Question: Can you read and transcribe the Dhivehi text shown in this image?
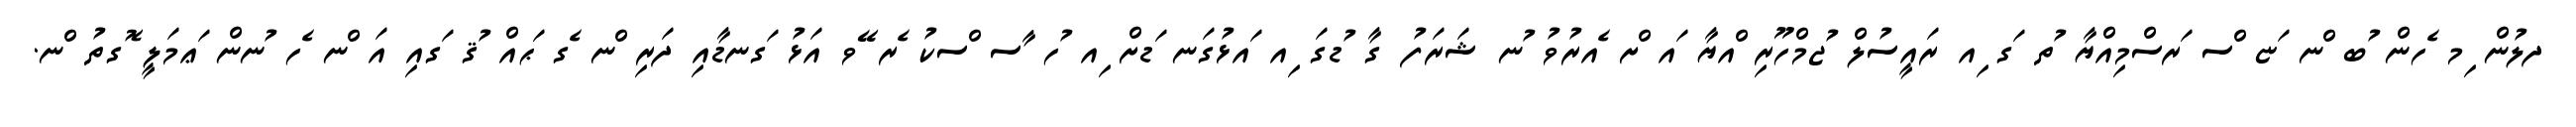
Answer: ދލުން ިމ ެހން ުބ ްނ ަޏ ްސ ަރސްމިއްޔާ ުތ ަގ ިއ ރައީސުލް ުޖމްހޫރި ްއޔާ ައ ްށ ެއރުވު ުނ ޝަރަފު ގާ ުޑގަ ިއ ައޅުގަނ ަޑށް ިއ ުހ ާސ ްސކު ެރ ޭވ އަޅު ަގނޑާއި ދަރި ްނ ެގ ަޙއް ުޤ ަގއި އަ ްނ ެހ ުނން ަޢމަލީ ޮގތު ްނ.